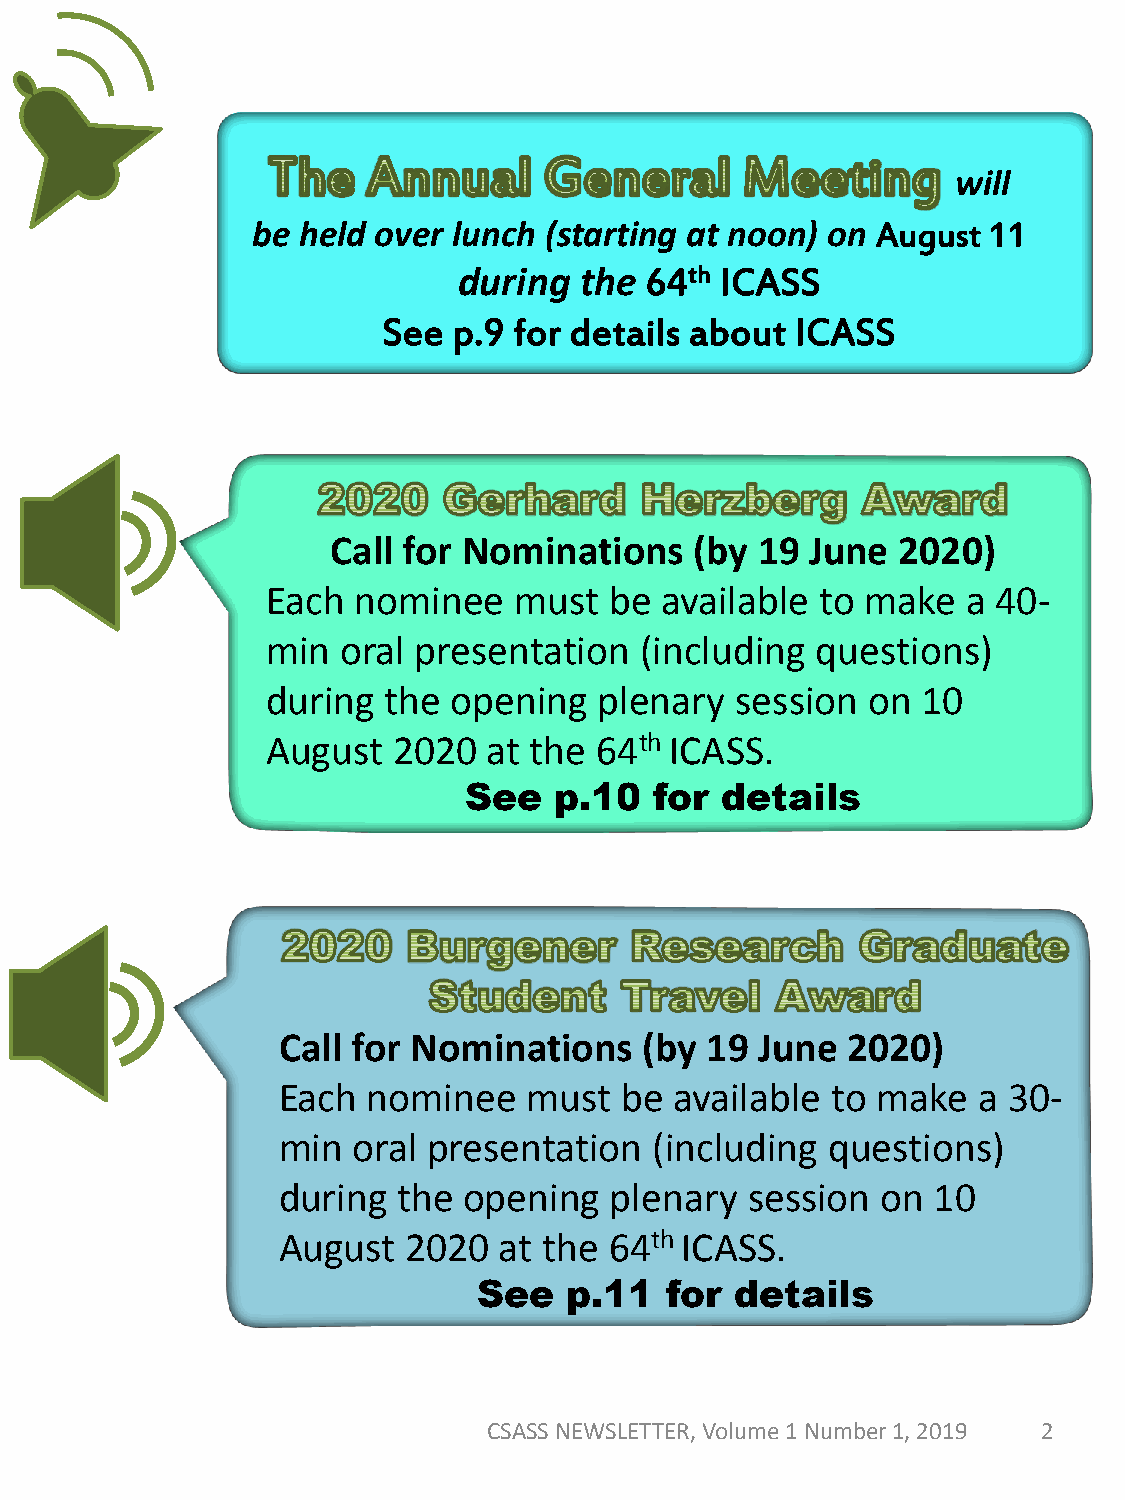
will
 be held over lunch (starting at noon) on August 11
 during  the  64th ICASS
 See  p.9 for details about  ICASS
 Call for Nominations    (by 19  June 2020)
 Each  nominee   must  be  available to make   a 40-
 min  oral presentation  (including  questions)
 during the  opening   plenary  session on  10
 August  2020  at the 64th ICASS.
 See   p.10  for  details
 Call for Nominations     (by 19 June  2020)
 Each  nominee    must  be  available to make   a 30-
 min  oral presentation   (including  questions)
 during  the  opening  plenary  session  on  10
 August   2020  at the 64th ICASS.
 See   p.11  for  details
 CSASS NEWSLETTER, Volume 1 Number 1, 2019 2